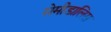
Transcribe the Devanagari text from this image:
सेमीडालिस